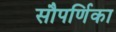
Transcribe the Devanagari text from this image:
सौपर्णिका